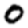
Digit: 0